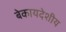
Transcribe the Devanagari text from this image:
बेकायदेशीय